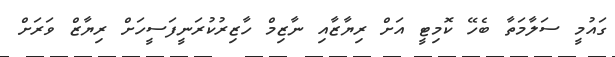
ގައުމީ ސަލާމަތާ ބެހޭ ކޮމިޓީ އަށް ރިޔާޒާއި ނާޒިމް ހާޒިރުކުރަނީފަސީހަށް ރިޔާޒް ވަރަށް